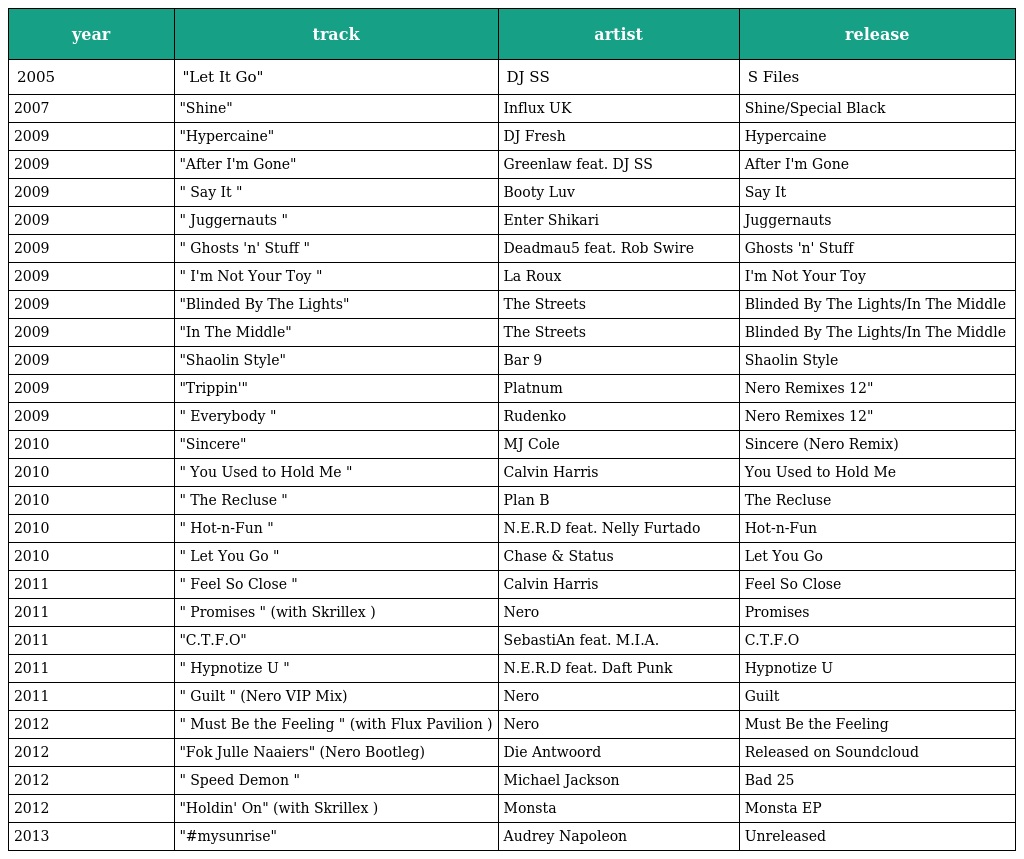
| year | track | artist | release |
 | --- | --- | --- | --- |
 | 2005 | "Let It Go" | DJ SS | S Files |
 | 2007 | "Shine" | Influx UK | Shine/Special Black |
 | 2009 | "Hypercaine" | DJ Fresh | Hypercaine |
 | 2009 | "After I'm Gone" | Greenlaw feat. DJ SS | After I'm Gone |
 | 2009 | " Say It " | Booty Luv | Say It |
 | 2009 | " Juggernauts " | Enter Shikari | Juggernauts |
 | 2009 | " Ghosts 'n' Stuff " | Deadmau5 feat. Rob Swire | Ghosts 'n' Stuff |
 | 2009 | " I'm Not Your Toy " | La Roux | I'm Not Your Toy |
 | 2009 | "Blinded By The Lights" | The Streets | Blinded By The Lights/In The Middle |
 | 2009 | "In The Middle" | The Streets | Blinded By The Lights/In The Middle |
 | 2009 | "Shaolin Style" | Bar 9 | Shaolin Style |
 | 2009 | "Trippin'" | Platnum | Nero Remixes 12" |
 | 2009 | " Everybody " | Rudenko | Nero Remixes 12" |
 | 2010 | "Sincere" | MJ Cole | Sincere (Nero Remix) |
 | 2010 | " You Used to Hold Me " | Calvin Harris | You Used to Hold Me |
 | 2010 | " The Recluse " | Plan B | The Recluse |
 | 2010 | " Hot-n-Fun " | N.E.R.D feat. Nelly Furtado | Hot-n-Fun |
 | 2010 | " Let You Go " | Chase & Status | Let You Go |
 | 2011 | " Feel So Close " | Calvin Harris | Feel So Close |
 | 2011 | " Promises " (with Skrillex ) | Nero | Promises |
 | 2011 | "C.T.F.O" | SebastiAn feat. M.I.A. | C.T.F.O |
 | 2011 | " Hypnotize U " | N.E.R.D feat. Daft Punk | Hypnotize U |
 | 2011 | " Guilt " (Nero VIP Mix) | Nero | Guilt |
 | 2012 | " Must Be the Feeling " (with Flux Pavilion ) | Nero | Must Be the Feeling |
 | 2012 | "Fok Julle Naaiers" (Nero Bootleg) | Die Antwoord | Released on Soundcloud |
 | 2012 | " Speed Demon " | Michael Jackson | Bad 25 |
 | 2012 | "Holdin' On" (with Skrillex ) | Monsta | Monsta EP |
 | 2013 | "#mysunrise" | Audrey Napoleon | Unreleased |